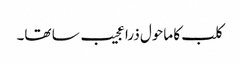
کلب کا ماحول ذرا عجیب سا تھا۔